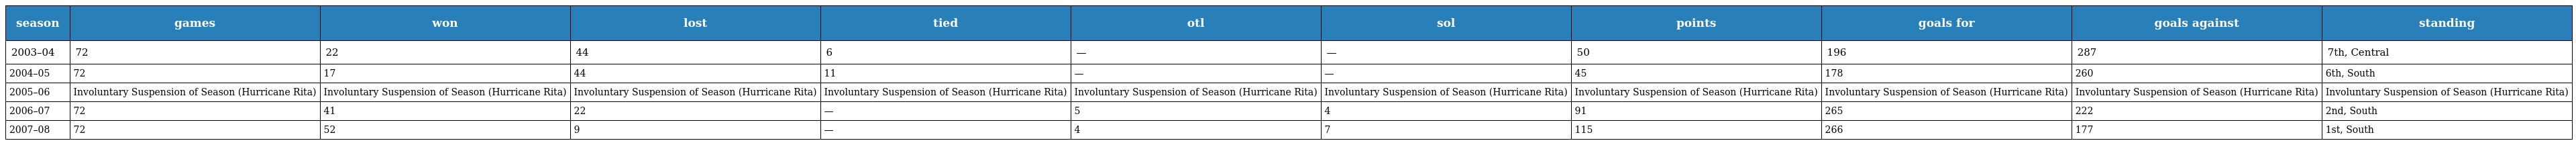
| season | games | won | lost | tied | otl | sol | points | goals for | goals against | standing |
 | --- | --- | --- | --- | --- | --- | --- | --- | --- | --- | --- |
 | 2003–04 | 72 | 22 | 44 | 6 | — | — | 50 | 196 | 287 | 7th, Central |
 | 2004–05 | 72 | 17 | 44 | 11 | — | — | 45 | 178 | 260 | 6th, South |
 | 2005–06 | Involuntary Suspension of Season (Hurricane Rita) | Involuntary Suspension of Season (Hurricane Rita) | Involuntary Suspension of Season (Hurricane Rita) | Involuntary Suspension of Season (Hurricane Rita) | Involuntary Suspension of Season (Hurricane Rita) | Involuntary Suspension of Season (Hurricane Rita) | Involuntary Suspension of Season (Hurricane Rita) | Involuntary Suspension of Season (Hurricane Rita) | Involuntary Suspension of Season (Hurricane Rita) | Involuntary Suspension of Season (Hurricane Rita) |
 | 2006–07 | 72 | 41 | 22 | — | 5 | 4 | 91 | 265 | 222 | 2nd, South |
 | 2007–08 | 72 | 52 | 9 | — | 4 | 7 | 115 | 266 | 177 | 1st, South |